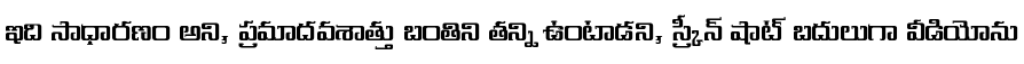
ఇది సాధారణం అని, ప్రమాదవశాత్తు బంతిని తన్ని ఉంటాడని, స్క్రీన్ షాట్ బదులుగా వీడియోను